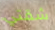
شقتي